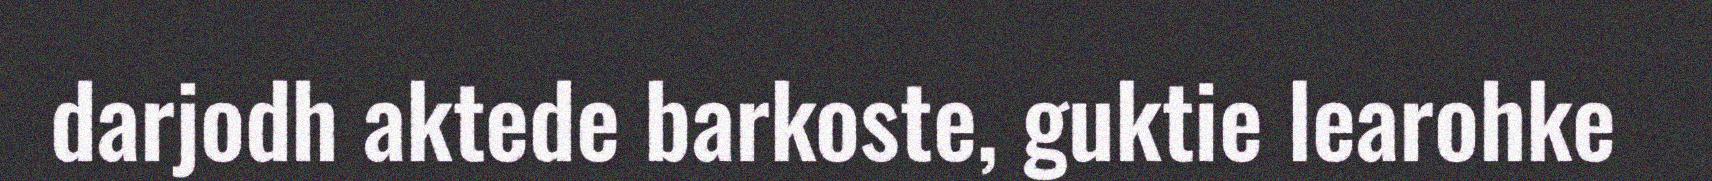
darjodh aktede barkoste, guktie learohke